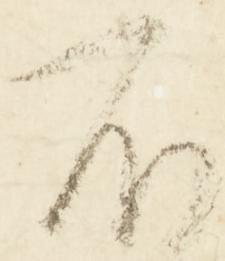
不